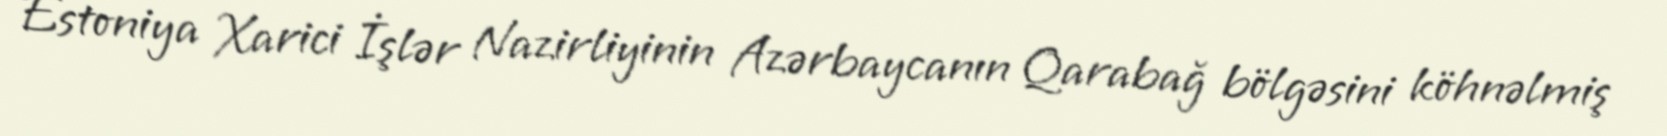
Estoniya Xarici İşlər Nazirliyinin Azərbaycanın Qarabağ bölgəsini köhnəlmiş